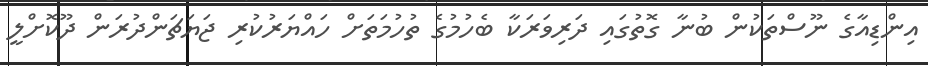
އިންޑިއާގެ ނޫސްތަކުން ބުނާ ގޮތުގައި ދަރިވަރަކާ ބެހުމުގެ ތުހުމަތަށް ހައްޔަރުކުރި ޖަޔަޗަންދުރަން ދޫކޮށްލީ